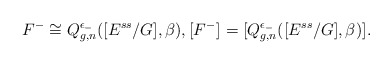
\begin{align*}F^-\cong {Q}^{\epsilon_-}_{g,n}([E^{ss}/G],\beta), [F^-]^{}= [{Q}^{\epsilon_-}_{g,n}([E^{ss}/G],\beta)]^{}.\end{align*}